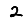
Digit: 2